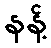
နန့်